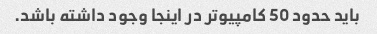
باید حدود 50 کامپیوتر در اینجا وجود داشته باشد.